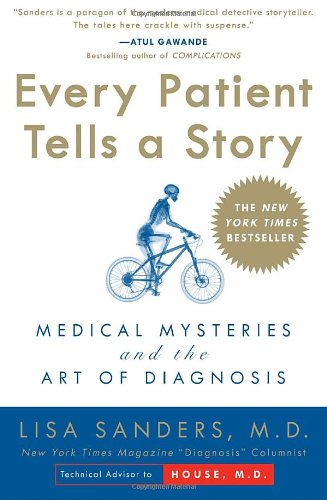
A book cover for Every Patient Tells a Story: Medical Mysteries and the Art of Diagnosis; Lisa Sanders; Health, Fitness & Dieting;